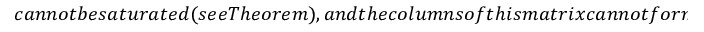
c a n n o t b e s a t u r a t e d ( s e e T h e o r e m ) , a n d t h e c o l u m n s o f t h i s m a t r i x c a n n o t f o r m a n